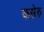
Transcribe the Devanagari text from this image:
कसेरु